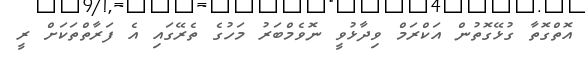
އޮތްގޮތާ ގުޅޭގޮތުން އަކްރަމް ވިދާޅުވީ ނޮވެމްބަރު މަހުގެ ތެރޭގައި އެ ފަރާތްތަކަށް ރީ